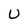
Character: U